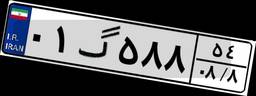
۰۱گ۵۸۸۵۴